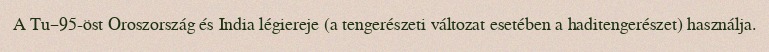
A Tu–95-öst Oroszország és India légiereje (a tengerészeti változat esetében a haditengerészet) használja.